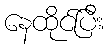
နေထိုင်ပြီး